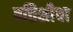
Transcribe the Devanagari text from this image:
बत्तिशीचा